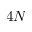
4 N